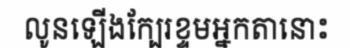
លូនឡើងក្បែរខ្ទមអ្នកតានោះ